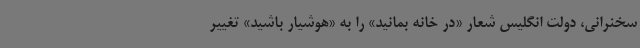
سخنرانی، دولت انگلیس شعار «در خانه بمانید» را به «هوشیار باشید» تغییر